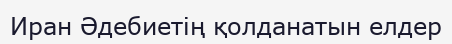
Иран Әдебиетің қолданатын елдер